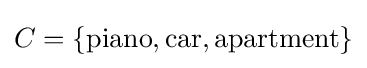
C=\{{\text{piano}},{\text{car}},{\text{apartment}}\}